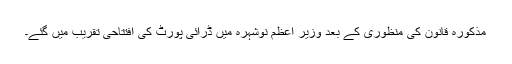
مذکورہ قانون کی منظوری کے بعد وزیر اعظم نوشہرہ میں ڈرائی پورٹ کی افتتاحی تقریب میں گئے۔